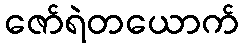
ဇော်ရဲတယောက်